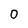
Character: 0